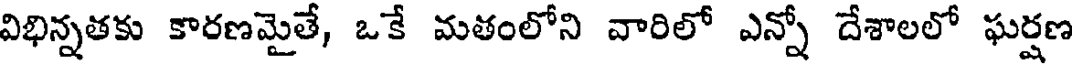
విభిన్నతకు కారణమైతే, ఒకే మతంలోని వారిలో ఎన్నో దేశాలలో ఘర్షణ